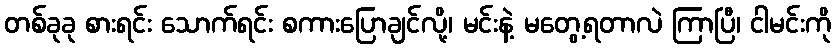
တစ်ခုခု စားရင်း သောက်ရင်း စကားပြောချင်လို့၊ မင်းနဲ့ မတွေ့ရတာလဲ ကြာပြီ၊ ငါမင်းကို